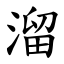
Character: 溜